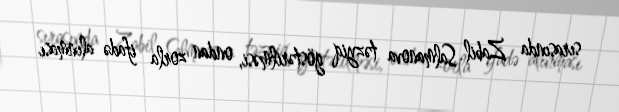
sırasında Zabil Salmanova təzyiq göstərilməsi, ondan zorla ifadə alınması